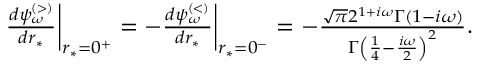
\begin{array} { r } { \frac { d \psi _ { \omega } ^ { \scriptscriptstyle ( > ) } } { d r _ { * } } \bigg | _ { r _ { * } = 0 ^ { + } } = - \frac { d \psi _ { \omega } ^ { \scriptscriptstyle ( < ) } } { d r _ { * } } \bigg | _ { r _ { * } = 0 ^ { - } } = - \frac { \sqrt { \pi } 2 ^ { 1 + i \omega } \Gamma ( 1 - i \omega ) } { \Gamma \left( \frac { 1 } { 4 } - \frac { i \omega } { 2 } \right) ^ { 2 } } . } \end{array}